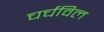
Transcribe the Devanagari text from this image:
चर्चविल